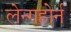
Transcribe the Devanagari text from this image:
लेन्गहोर्न